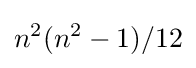
n^{2}(n^{2}-1)/12